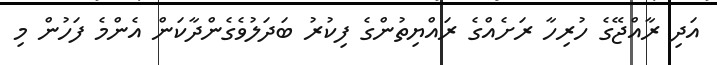
އަދި ރާއްޖޭގެ ހުރިހާ ރަށެއްގެ ރައްޔިތުންގެ ފިކުރު ބަދަލުވެގެންދާކަން އެންމެ ފަހުން މި